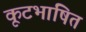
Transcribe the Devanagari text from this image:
कूटभाषित